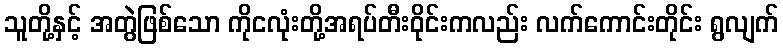
သူတို့နှင့် အတွဲဖြစ်သော ကိုငလုံးတို့အရပ်တီးဝိုင်းကလည်း လက်ကောင်းတိုင်း ရွလျက်